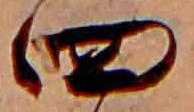
四